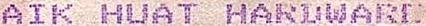
AIK HUAT HARDWARE